Medical and sanitary report of the native army of Bengal for the year
Year: 1876
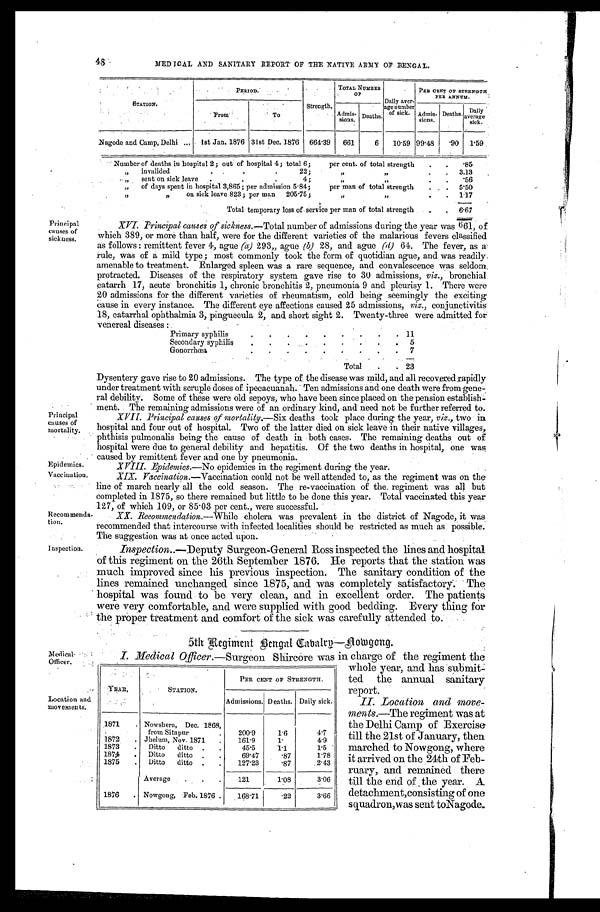
Principal
causes of
sickness.
Principal
causes of
mortality.
Epidemics.
Vaccination.
Recommenda
-tion.
Inspection.
Medical
-Officer.
Location and
movements.
48
MEDICAL AND SANITARY REPORT OF THE NATIVE ARMY OF BENGAL.
STATION.
PERIOD.
Strength.
TOTAL NUMBER
O F
Daily aver-age number of sick.
PER CENT OF STRENGTH
PER ANNUM.
From
To
Admis-
sions.
Deaths.
Admis-
sions.
Deaths.
Daily
avera g e s i c k .
Nagode and Camp, Delhi . . .
1st Jan. 1876 31st Dec. 1876
664.39
661
6
10.59 99.48
.90
1.59
Number of deaths in hospital 2; out of hospital 4; total 6; per cent. of total strength . . .
.85
" i n v a l i d e d . . . 2 2 ; " " . . .
3.13
" s e n t o n s i c k l e a v e . . . 4 ; " " . . .
.56
" of days spent in hospital 3,865; per admission 5.84; per man of total strength . . .
5.50
" " on sick leave 823; per man
205.75;
" " . . .
1.17
Total temporary loss of service per man of total strength . . .
6.67
XVI. Principal causes of sickness.— Total number of admissions during the year was 661, of
which 389, or more than half, were for the different varieties of the malarious fevers classified
as follows: remittent fever 4, ague (a) 293„ ague (b) 28, and ague ( d) 64. The fever, as
a rule, was of a mild type; most commonly took the form of quotidian ague, and was readily
amenable to treatment. Enlarged spleen was a rare sequence, and convalescence was seldom
protracted. Diseases of the respiratory system gave rise to 30 admissions, viz., bronchial
catarrh 17, acute bronchitis 1, chronic bronchitis 2, pneumonia 9 and pleurisy 1. There were
20 admissions for the different varieties of rheumatism, cold being seemingly the exciting
cause in every instance. The different eye affections caused 25 admissions, viz., conjunctivitis
18, catarrhal ophthalmia 3, pinguecula 2, and short sight 2. Twenty-three were admitted for
venereal diseases:
P r i m a r y s y p h i l i s . . .
1 1
5
Gonorrhœa
.
.
.
7
Total . . . 23
Dysentery gave rise to 20 admissions. The type of the disease was mild, and all recovered rapidly
under treatment with scruple doses of ipecacuanah. Ten admissions and one death were from gene-
ral debility. Some of these were old sepoys, who have been since placed on the pension establish
-ment. The remaining admissions were of an ordinary kind, and need not be further referred to.
XVII. Principal causes of mortality.— Six deaths took place during the year, viz., two in
hospital and four out of hospital. Two of the latter died on sick leave in their native villages,
phthisis pulmonalis being the cause of death in both cases. The remaining deaths out of
hospital were due to general debility and hepatitis. Of the two deaths in hospital, one was
caused by remittent fever and one by pneumonia.
XVIII. Epidemics.—No epidemics in the regiment during the year.
XIX. Vaccination .—Vaccination could not be well attended to, as the regiment was on the
line of march nearly all the cold season. The re-vaccination of the regiment was all but
completed in 1875, so there remained but little to be done this year. Total vaccinated this year
127, of which 109, or 85.03 per cent., were successful.
XX. Recommendaton.—While cholera was prevalent in the district of Nagode, it was
recommended that intercourse with infected localities should be restricted as much as possible.
The suggestion was at once acted upon.
Inspection..— Deputy Surgeon-General Ross inspected the lines and hospital
of this regiment on the 26th September 1876. He reports that the station was
much improved since his previous inspection. The sanitary condition of the
lines remained unchanged since 1875, and was completely satisfactory. The
hospital was found to be very clean, and in excellent order. The patients
were very comfortable, and were supplied with good bedding. Every thing for
the proper treatment and comfort of the sick was carefully attended to.
5th Regiment Bengal Cabalry—Aowgong.
I. Medical Officer .—Surgeon Shircore was in charge of the regiment the
YEAR.
STATION.
PER CENT OF STRENGTH.
Admissions. Deaths. Daily sick.
1871 . . . Nowshera, Dec. 1868,
from Sitapur . . .
200.9
1.6
4 . 7
1872 . . . Jhelum, Nov. 1871 . . .
161.9
1.
4.9
1873 . . .
Ditto ditto . . .
45.5
1.1
1 . 5
1874 . . .
Ditto ditto . . .
69.47
. 8 7
1.78
1875 . . .
Ditto ditto . . .
127.23
. 8 7
2.43
Average . . .
121
1.08
3.06
1876 . . . Nowgong, Feb. 1876 . . .
168.71
. 2 2
3.66
whole year, and has submit
- t e d t h e a n n u a l s a n i t a r y
report.
II. Location and move
- m e n t s . —T
h e r e g i m e n t w a s a t
the Delhi Camp of Exercise
till the 21st of January, then
marched to Nowgong, where
it arrived on the 24th of Feb
- r u a r y , a n d r e m a i n e d t h e r e
till the end of the year.
A d e t a c h m e n t , c o n s i s t i n g o f o n e
squadron,was sent to Nagode.